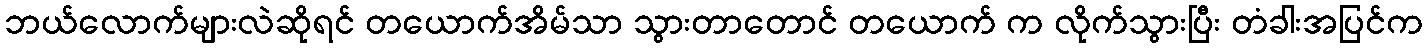
ဘယ်လောက်များလဲဆိုရင် တယောက်အိမ်သာ သွားတာတောင် တယောက် က လိုက်သွားပြီး တံခါးအပြင်က